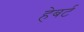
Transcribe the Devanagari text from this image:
हेबर्ट